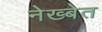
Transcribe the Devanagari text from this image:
नेख्बेत